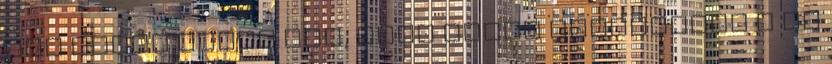
mit ember szeme lát, Csak győzd megtalálni a fű